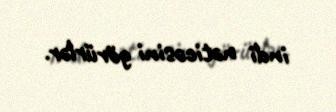
indi nəticəsini görürlər.